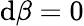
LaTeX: \mathrm{d}\beta=0